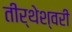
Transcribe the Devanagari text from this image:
तीर्थेश्वरी